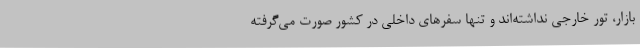
بازار، تور خارجی نداشته‌اند و تنها سفرهای داخلی در کشور صورت می‌گرفته